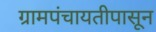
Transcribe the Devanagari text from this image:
ग्रामपंचायतीपासून